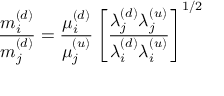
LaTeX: { \frac { m _ { i } ^ { ( d ) } } { m _ { j } ^ { ( d ) } } } = { \frac { \mu _ { i } ^ { ( d ) } } { \mu _ { j } ^ { ( u ) } } } \left[ { \frac { \lambda _ { j } ^ { ( d ) } \lambda _ { j } ^ { ( u ) } } { \lambda _ { i } ^ { ( d ) } \lambda _ { i } ^ { ( u ) } } } \right] ^ { 1 / 2 }